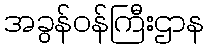
အခွန်ဝန်ကြီးဌာန